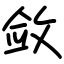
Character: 敛